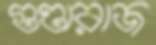
গুণ্ডারাজ